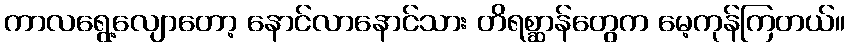
ကာလရွေ့လျောတော့ နောင်လာနောင်သား တိရစ္ဆာန်တွေက မေ့ကုန်ကြတယ်။